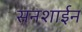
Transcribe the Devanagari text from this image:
सनशाईन